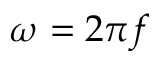
\omega = 2 \pi f